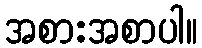
အစားအစာပါ။